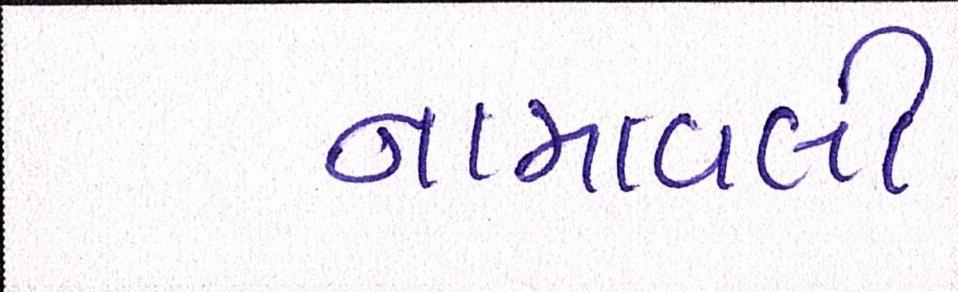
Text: નામાવલી